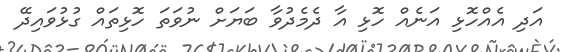
އަދި އެއްހޮޅި އަނެއް ހޮޅި އާ ދެމެދުވާ ބަޔަށް ނުވަތަ ހޮޅިތައް ގުޅުވައިދޭ